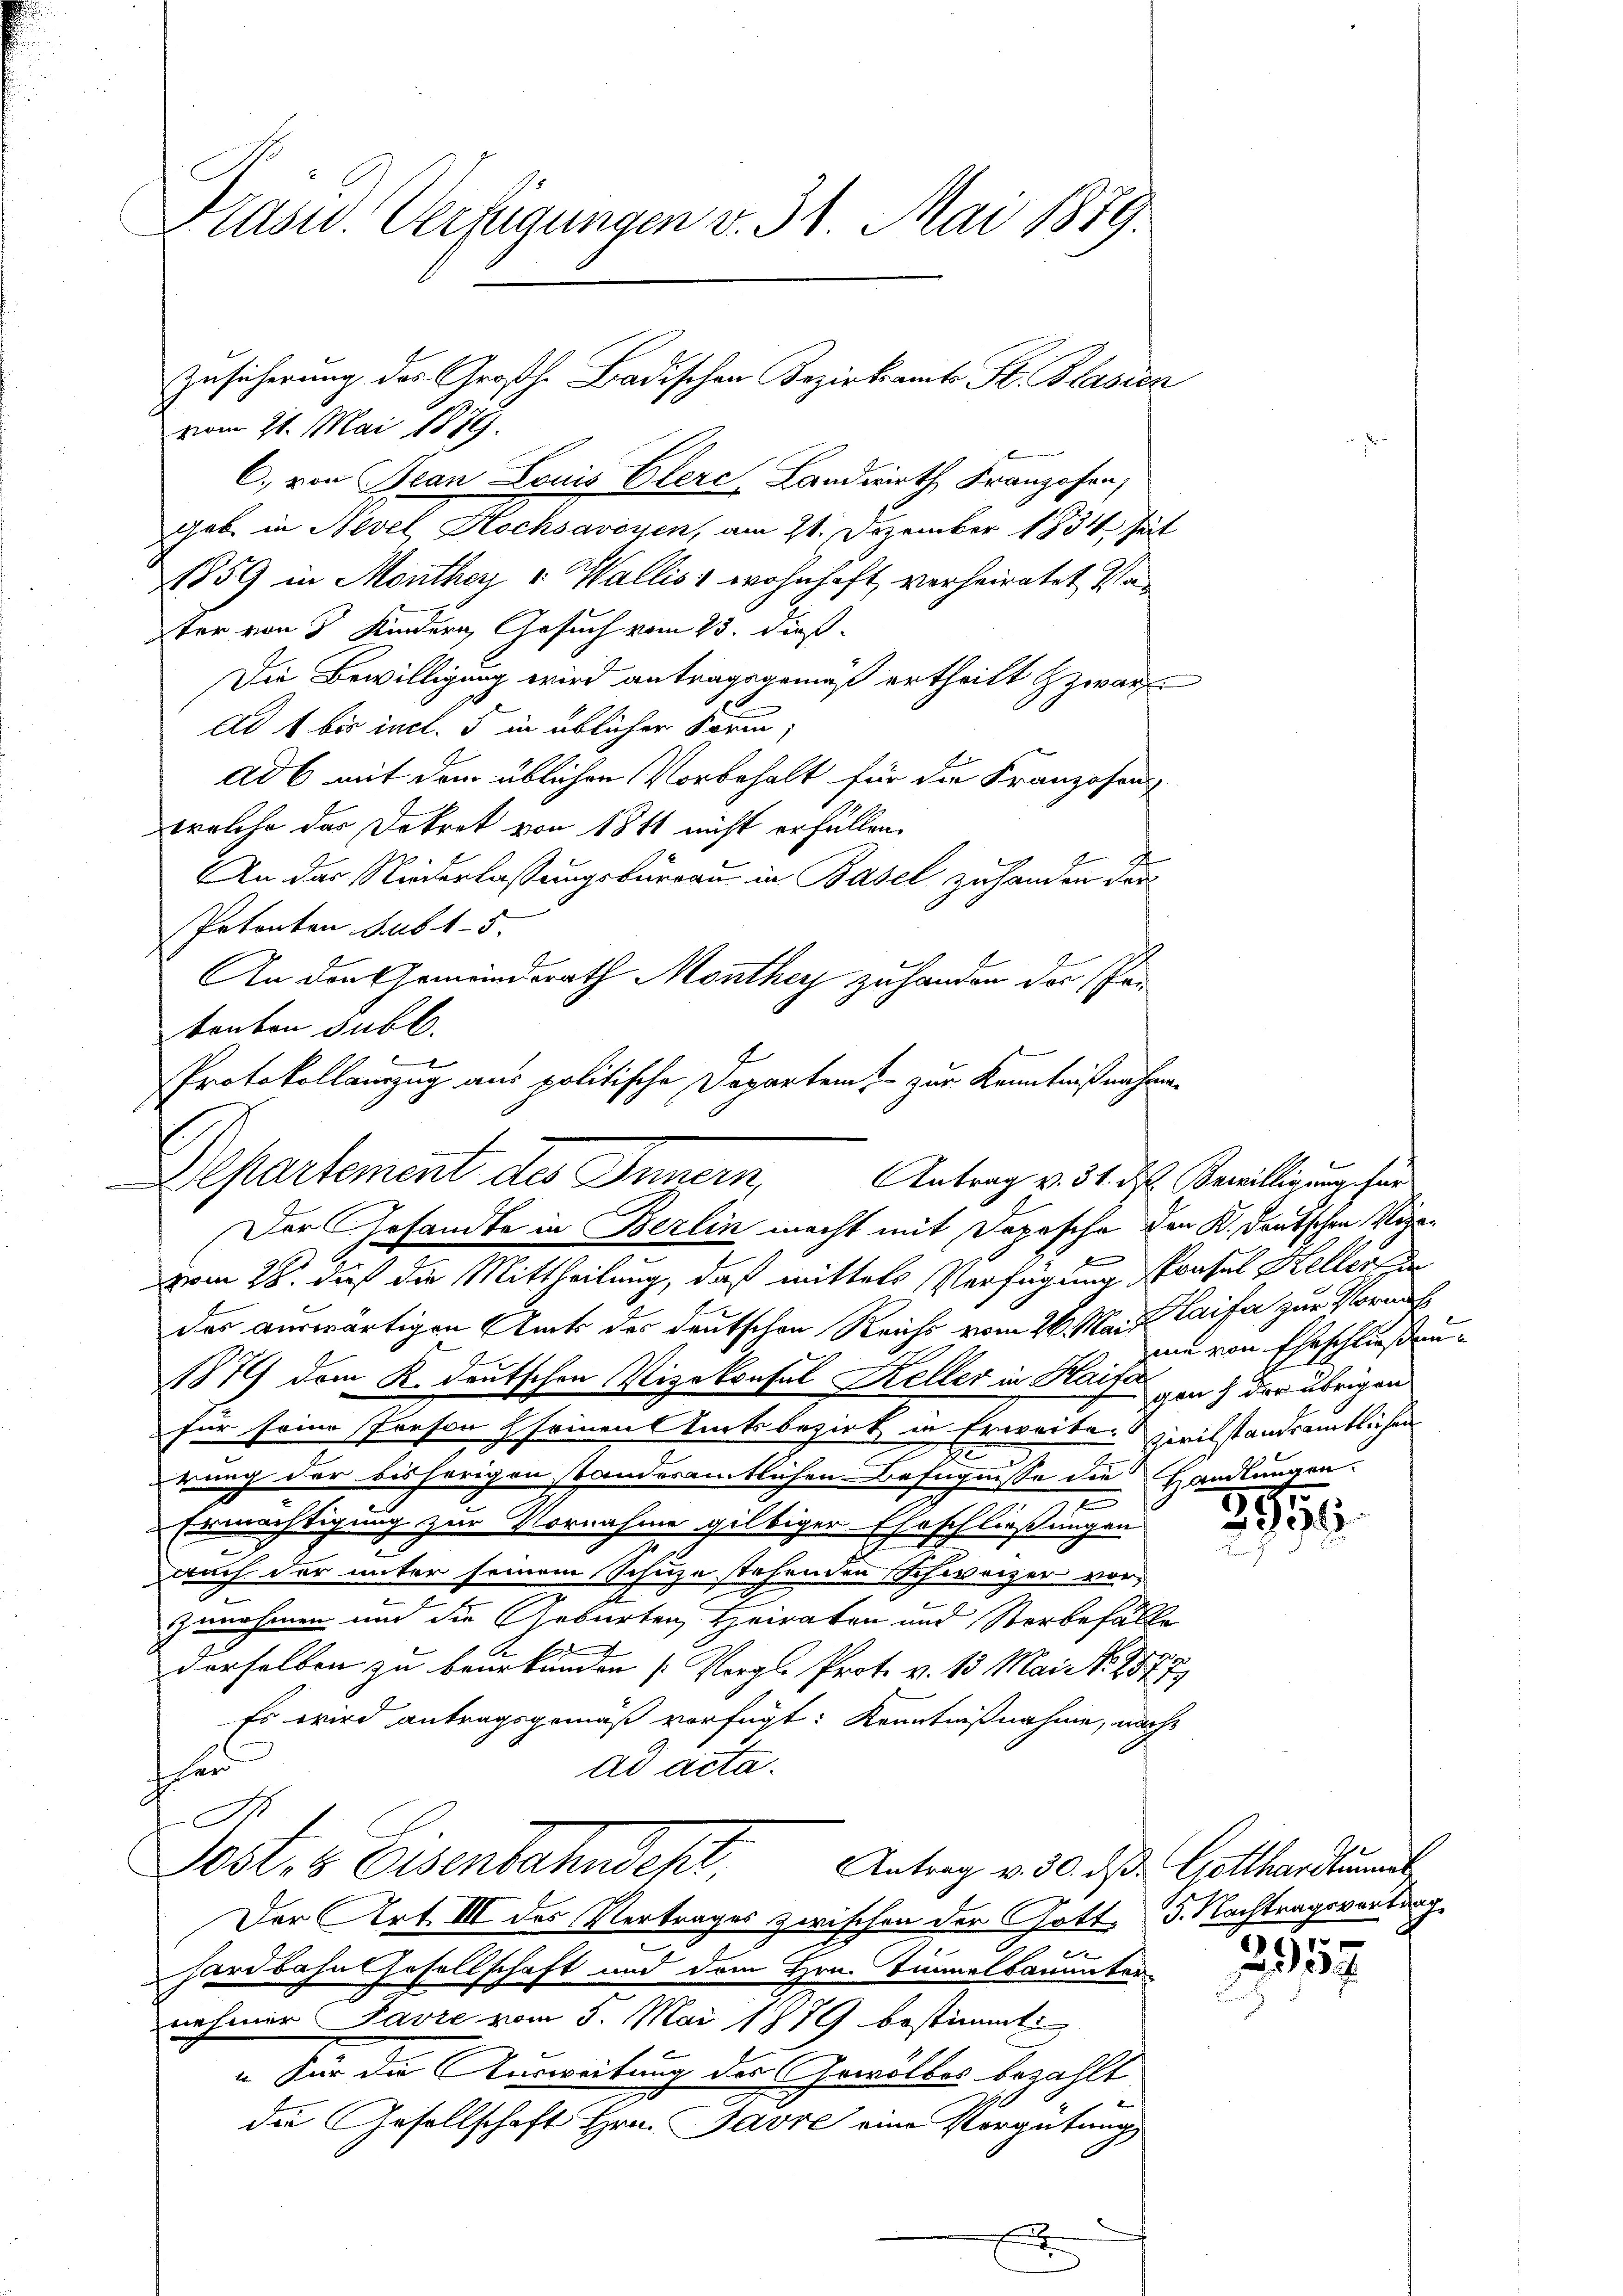
Krasw. Verfügungen v. 31. Mai 1879.

vom 21. Mai 1879.
C. von Jean Louis Elerc-Landwirth Franzosen,
gab in Nevel Hochsavoyen, am 21. Dezember 1834 seit
1859 in Monthey v. Wallis 1 wohnhaft verheiratet, Vater von 5 Kindern Gesuch vom 23. dieß
Die Bewilligung wird antragsgemäß ertheilt zwar
Ad 1 bis incl. 5 in üblicher Form,
ad 6 mit dem üblichen Vorbehalt für die Franzosen
welche das Dekret von 1811 nicht erfüllen.
An das Niederlassungskursau in Basel zu handen der
Petenten sub 15.
An den Gemeindsrath Monthey zu handen das Pan
tonbon subl.
ben
vom 28. dieß die Mittheilung, daß mittels Verfügung Konsul Heller in
des auswärtigen Amts des deutschen Reichs vom 26. Mai laifa zur Vormit
1879 dem K. deutschen Vizekonsul Keller in Haife von 4 der übrigen
für seine Person seinen Kartsbezirk in Erweiter zivilstandsamtlichen
rung der bisherigen standeramtlichen Befugnisse die Handlungen.
Ermächtigung zur Vornahme giltiger Eheschließungen
auch der unter seinem Schuze stehenden Schweizer vor,
zunehmen und die Geburten Heiraten und Sterbefälle
derselben zu beurkunden (Vergl. Prot. v. 13. Mai N. 257. E
Es wird antragsgemäß verfügt: Kenntnißnahme, nach
ad acta.
hin
I
Post- & Eisenbahndest,
Antrag v. 30. ds. Gotthardtuel
Der Art. III des Vertrages zwischen der Gott, 5. Nachtragsvertrag
x
hardbahnt Gesellschaft und dem Hrn. Simmelbaumater
nehmer Favre vom 5. Mai 1879 bestimmt
„Für da Ausweisung der Gewölbes bezahlt
die Gesellschaft Hrn. Pavre eine Vergütung
.

Zusicherung des Großh. Badischen Bezirksamt Fr. Blasien

Protokollauszug aus politische Departemt zur Kenntnißnahmen
Departement des Innern, Antrag v. 31. ds. Bewilligung ihre
Der Gesandte in Berlin macht mit Dopesche den K. Deutschen Vize-

.

un von Eheschließung

3991

2957